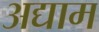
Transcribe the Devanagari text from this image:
अद्याम